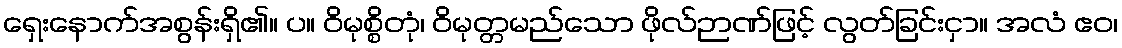
ရှေးနောက်အစွန်းရှိ၏။ ပ။ ဝိမုစ္စိတုံ၊ ဝိမုတ္တမည်သော ဖိုလ်ဉာဏ်ဖြင့် လွတ်ခြင်းငှာ။ အလံ ဧဝ၊